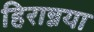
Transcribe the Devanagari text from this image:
हिरान्नया